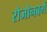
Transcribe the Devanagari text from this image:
रोजोनबर्ग